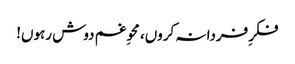
فکرِ فردا نہ کروں، محوِ غم دوش رہوں!